Indian journal of veterinary science and animal husbandry - Volume 4,
Year: 1934
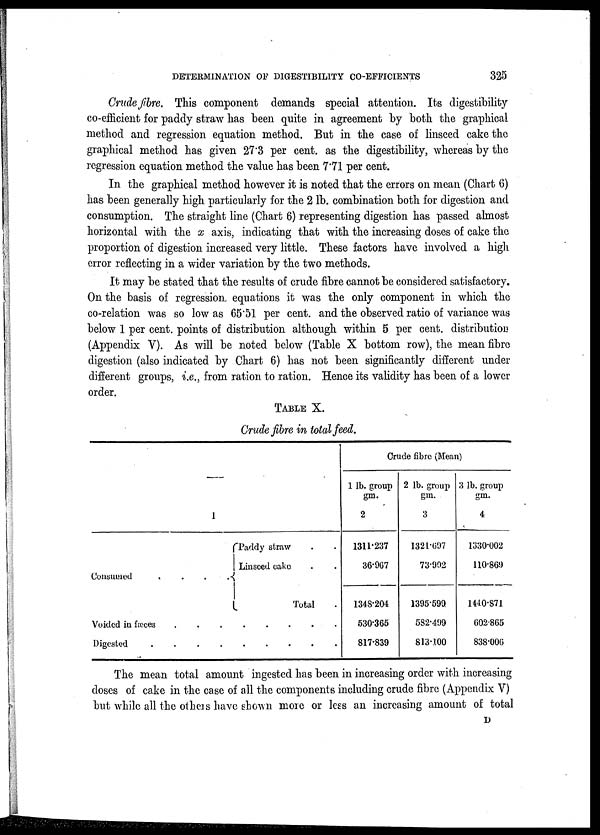
DETERMINATION OF DIGESTIBILITY CO-EFFICIENTS
325
Crude fibre. This component demands special attention. Its digestibility
co-efficient for paddy straw has been quite in agreement by both the graphical
method and regression equation method. But in the case of linseed cake the
graphical method has given 27.3 per cent. as the digestibility, whereas by the
regression equation method the value has been 7.71 per cent.
In the graphical method however it is noted that the errors on mean (Chart 6)
has been generally high particularly for the 2 lb. combination both for digestion and
consumption. The straight line (Chart 6) representing digestion has passed almost
horizontal with the x axis, indicating that with the increasing doses of cake the
proportion of digestion increased very little. These factors have involved a high
error reflecting in a wider variation by the two methods.
It may be stated that the results of crude fibre cannot be considered satisfactory.
On the basis of regression, equations it was the only component in which the
co-relation was so low as 65.51 per cent. and the observed ratio of variance was
below 1 per cent. points of distribution although within 5 per cent. distribution
(Appendix V). As will be noted below (Table X bottom row), the mean fibre
digestion (also indicated by Chart 6) has not been significantly different under
different groups, i.e., from ration to ration. Hence its validity has been of a lower
order.
TABLE X.
Crude fibre in total feed.
Consumed . .
Voided in fæces .
Digested . .
—
1
Paddy straw . .
Linsced cake . .
. .
Total .
. . . . . . .
. . . . . . .
Crude fibre (Mean)
1 lb. group
gm.
2
1311.237
36.967
1348.204
530.365
817.839
2 lb. group
gm.
3
1321.697
73.902
1395.599
582.499
813.100
3 lb. group
gm.
4
1330.002
110.869
1440.871
692.865
838.006
The mean total amount ingested has been in increasing order with increasing
doses of cake in the case of all the components including crude fibre (Appendix V)
but while all the others have shown more or less an increasing amount of total
D